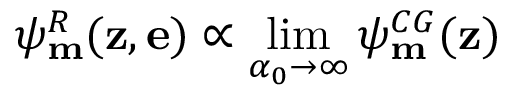
\psi _ { \bf m } ^ { R } ( { \bf z } , { \bf e } ) \propto \operatorname * { l i m } _ { \alpha _ { 0 } \rightarrow \infty } \psi _ { \bf m } ^ { C G } ( { \bf z } )